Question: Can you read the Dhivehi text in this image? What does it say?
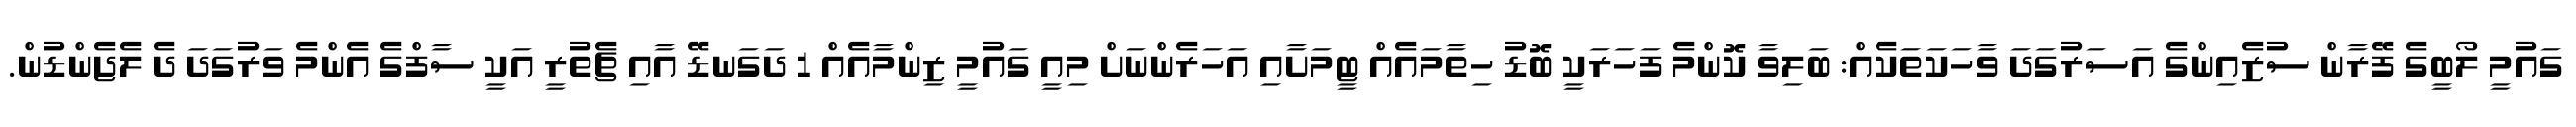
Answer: ގައުމީ ލޯބީގެ ފޭރާން ސުޒެއިންގެ އަސަރުގަދަ ވާހަކަތަކެއް: ބަލިވާ ކޮންމެ ފަހަރަކީ ބޮޑު ހިތާމައެއް ޓީމަށާއި އަހަރެންނަށް މިއީ ގައުމީ ޒިންމާއެއް 1 ދަގަނޑޭ އާއި ޗެތުރީ އަކީ ސާފްގެ އެންމެ ވަރުގަދަ ދެ ލެޖެންޑުން.